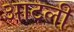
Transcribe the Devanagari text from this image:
आटली